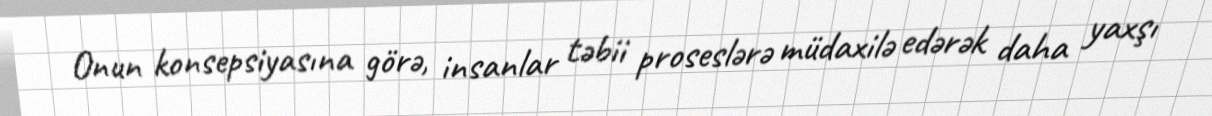
Onun konsepsiyasına görə, insanlar təbii proseslərə müdaxilə edərək daha yaxşı